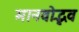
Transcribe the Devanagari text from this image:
मानवोद्भव